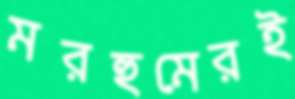
মরহুমেরই